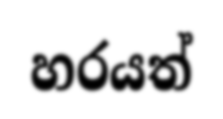
හරයත්